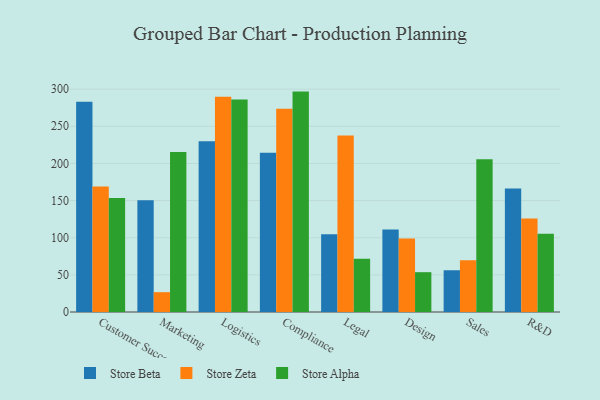
{"axis": {"x": "Department", "y": "Waste Production (Tons)"}, "legend": ["Store Alpha", "Store Beta", "Store Zeta"], "data": [{"x": "Customer Success", "y": 283.0, "type": "Store Beta"}, {"x": "Customer Success", "y": 168.9, "type": "Store Zeta"}, {"x": "Customer Success", "y": 153.3, "type": "Store Alpha"}, {"x": "Marketing", "y": 150.3, "type": "Store Beta"}, {"x": "Marketing", "y": 26.7, "type": "Store Zeta"}, {"x": "Marketing", "y": 215.5, "type": "Store Alpha"}, {"x": "Logistics", "y": 230.0, "type": "Store Beta"}, {"x": "Logistics", "y": 289.9, "type": "Store Zeta"}, {"x": "Logistics", "y": 286.2, "type": "Store Alpha"}, {"x": "Compliance", "y": 214.3, "type": "Store Beta"}, {"x": "Compliance", "y": 273.7, "type": "Store Zeta"}, {"x": "Compliance", "y": 296.7, "type": "Store Alpha"}, {"x": "Legal", "y": 104.5, "type": "Store Beta"}, {"x": "Legal", "y": 237.6, "type": "Store Zeta"}, {"x": "Legal", "y": 71.7, "type": "Store Alpha"}, {"x": "Design", "y": 110.9, "type": "Store Beta"}, {"x": "Design", "y": 98.8, "type": "Store Zeta"}, {"x": "Design", "y": 53.6, "type": "Store Alpha"}, {"x": "Sales", "y": 56.2, "type": "Store Beta"}, {"x": "Sales", "y": 69.8, "type": "Store Zeta"}, {"x": "Sales", "y": 205.6, "type": "Store Alpha"}, {"x": "R&D", "y": 166.1, "type": "Store Beta"}, {"x": "R&D", "y": 125.8, "type": "Store Zeta"}, {"x": "R&D", "y": 105.2, "type": "Store Alpha"}]}